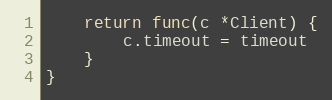
Language: Go
	return func(c *Client) {
		c.timeout = timeout
	}
}